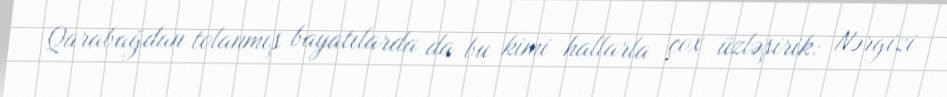
Qarabağdan tolanmış bayatılarda da bu kimi hallarla çox üzləşirik: Nərgizi